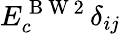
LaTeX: E_{c}^{\mathrm{~B~W~2~}}\delta_{ij}